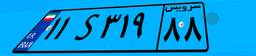
۱۱S۳۱۹۸۸